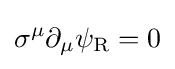
\sigma ^{\mu }\partial _{\mu }\psi _{\rm {R}}=0